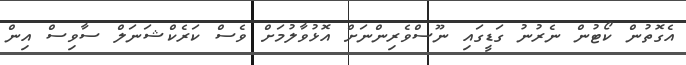
އެގޮތުން ކޯޓުން ނެރުނު ގަޑީގައި ނޫސްވެރިންނަށް އޮޅުވާލުމަށް ވެސް ކަރެކްޝަނަލް ސާވިސް އިން